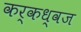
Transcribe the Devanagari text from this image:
कर्कध्वज